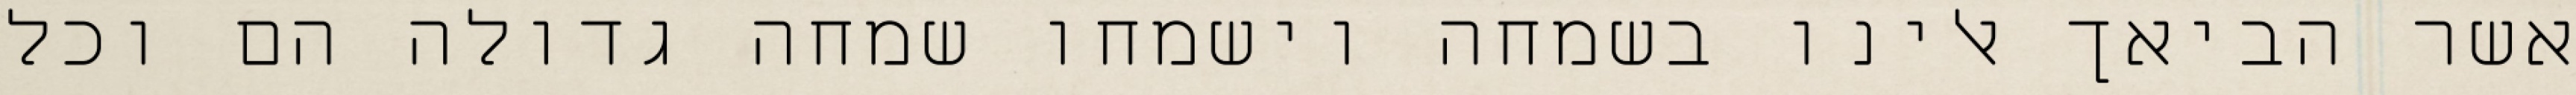
אשר הביאך אלינו בשמחה וישמחו שמחה גדולה הם וכל